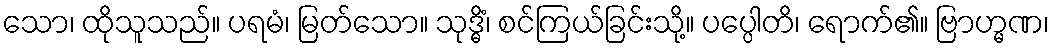
သော၊ ထိုသူသည်။ ပရမံ၊ မြတ်သော။ သုဒ္ဓိံ၊ စင်ကြယ်ခြင်းသို့။ ပပ္ပေါတိ၊ ရောက်၏။ ဗြာဟ္မဏ၊